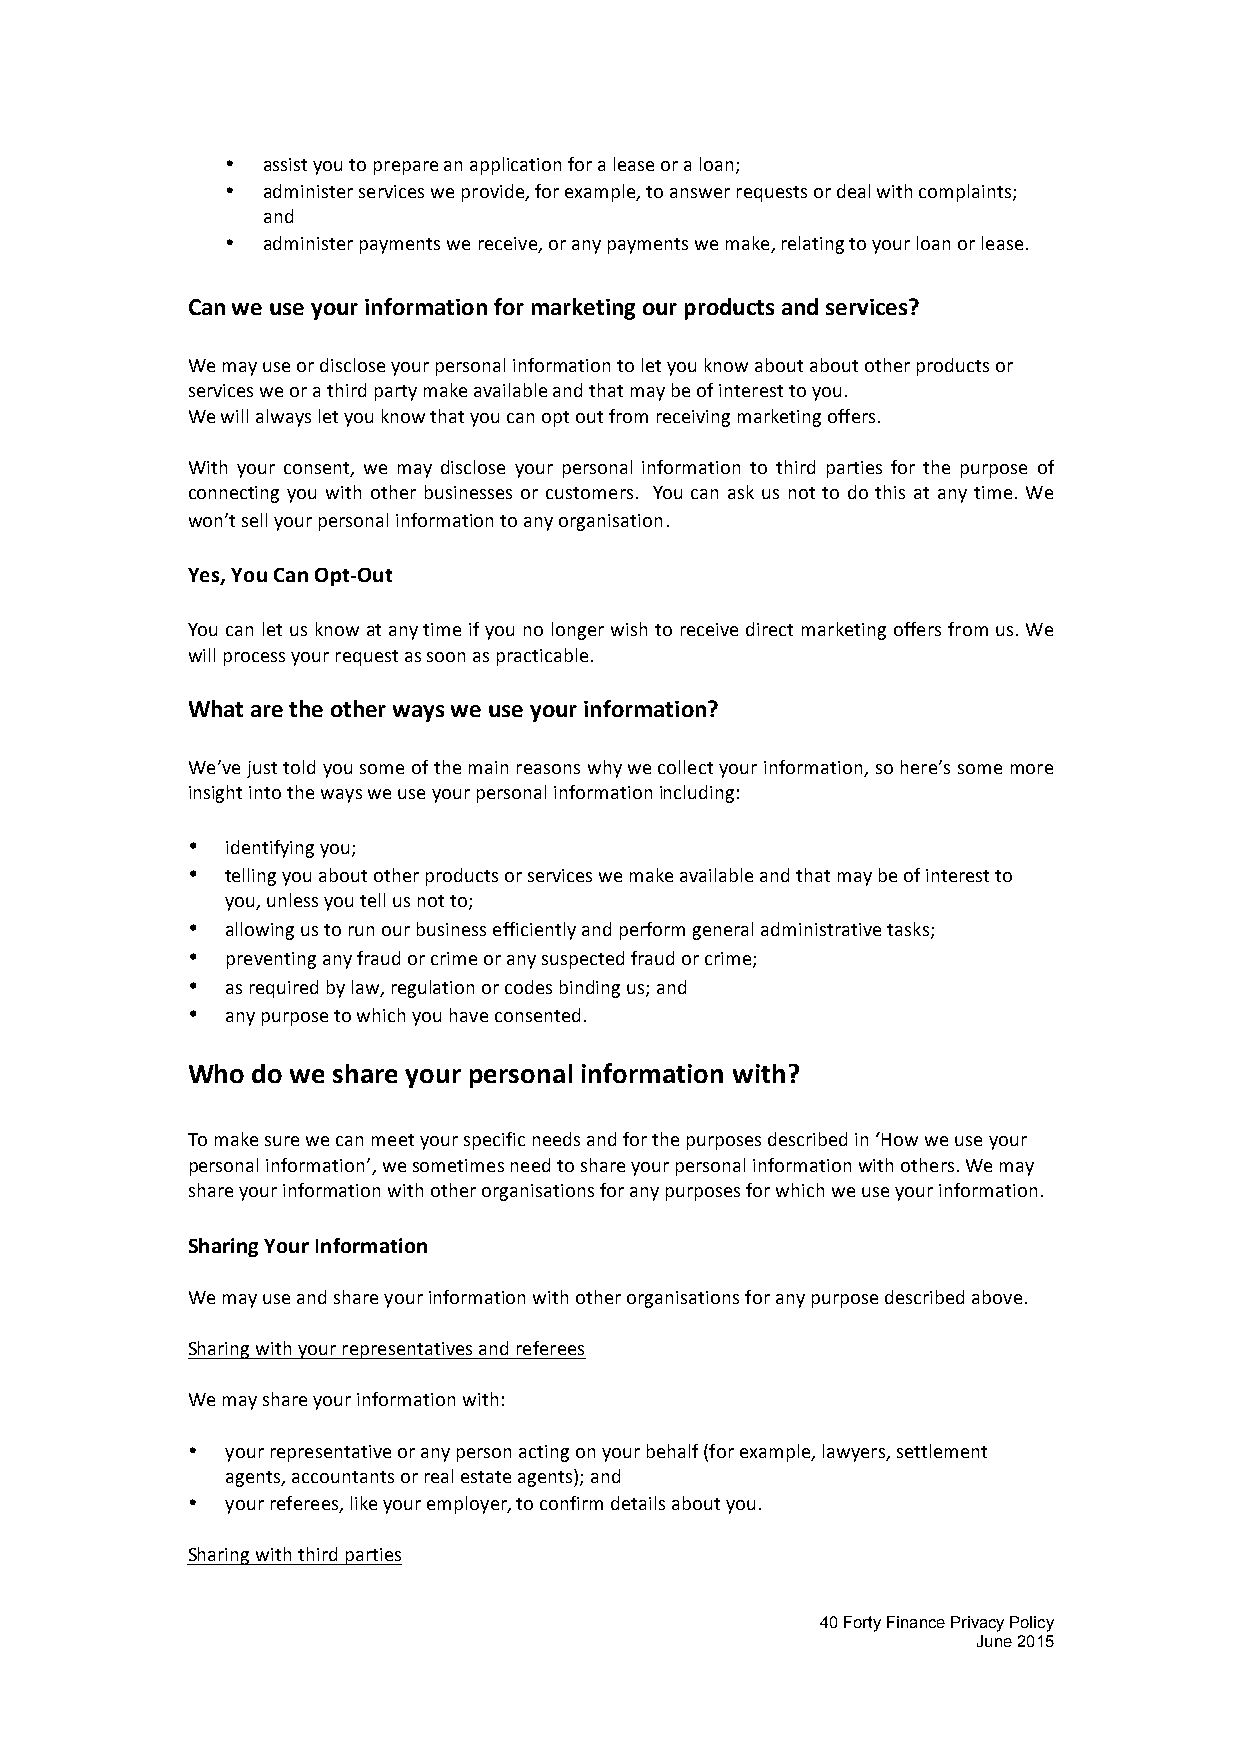
• assist you to prepare an application for a lease or a loan;
 • administer services we provide, for example, to answer requests or deal with complaints;
 and
 • administer payments we receive, or any payments we make, relating to your loan or lease.
 Can we use your information for marketing our products and services?
 We may use or disclose your personal information to let you know about about other products or
 services we or a third party make available and that may be of interest to you.
 We will always let you know that you can opt out from receiving marketing offers.
 With your consent, we may disclose your personal information to third parties for the purpose of
 connecting you with other businesses or customers. You can ask us not to do this at any time. We
 won’t sell your personal information to any organisation.
 Yes, You Can Opt-­‐Out
 You can let us know at any time if you no longer wish to receive direct marketing offers from us. We
 will process your request as soon as practicable.
 What are the other ways we use your information?
 We’ve just told you some of the main reasons why we collect your information, so here’s some more
 insight into the ways we use your personal information including:
 •  identifying you;
 •  telling you about other products or services we make available and that may be of interest to
 you, unless you tell us not to;
 •  allowing us to run our business efficiently and perform general administrative tasks;
 •  preventing any fraud or crime or any suspected fraud or crime;
 •  as required by law, regulation or codes binding us; and
 •  any purpose to which you have consented.
 Who  do we share your personal information with?
 To make sure we can meet your specific needs and for the purposes described in ‘How we use your
 personal information’, we sometimes need to share your personal information with others. We may
 share your information with other organisations for any purposes for which we use your information.
 Sharing Your Information
 We may use and share your information with other organisations for any purpose described above.
 Sharing with your representatives and referees
 We may share your information with:
 •  your representative or any person acting on your behalf (for example, lawyers, settlement
 agents, accountants or real estate agents); and
 •  your referees, like your employer, to confirm details about you.
 Sharing with third parties
 40 Forty Finance Privacy Policy
 June 2015